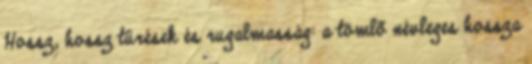
Hossz, hossz tûrések és rugalmasság: a tömlõ névleges hossza